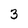
Character: 3